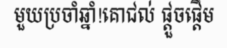
មួយប្រចាំឆ្នាំ!គោជល់ ផ្តួចផ្តើម